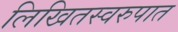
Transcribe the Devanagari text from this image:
लिखितस्वरुपात